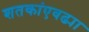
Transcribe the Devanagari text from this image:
शतकांएवढ्या